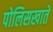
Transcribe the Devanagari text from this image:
पोलिसखातें